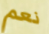
نعم